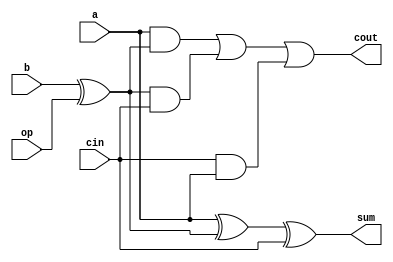
`timescale 1ns / 1ps
//////////////////////////////////////////////////////////////////////////////////
// Company: 
// Engineer: 
// 
// Design Name: 
// Module Name:    rot_detect 
// Project Name: 
// Target Devices: 
// Tool versions: 
// Description: 
//
// Dependencies: 
//
// Revision: 
// Revision 0.01 - File Created
// Additional Comments: 
//
//////////////////////////////////////////////////////////////////////////////////
module one_bit_add_sub(a, b, cin, op, sum, cout);
    input a;
    input b;
    input cin;
	input op;
	wire temp;
    output sum;
    output cout;
    wire sum;
    wire cout;
	 
    assign temp = b^op;
    assign sum = a^temp^cin;
    assign cout =  (a & temp) | (temp & cin) | (cin & a);
endmodule